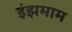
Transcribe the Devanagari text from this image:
इंझमाम